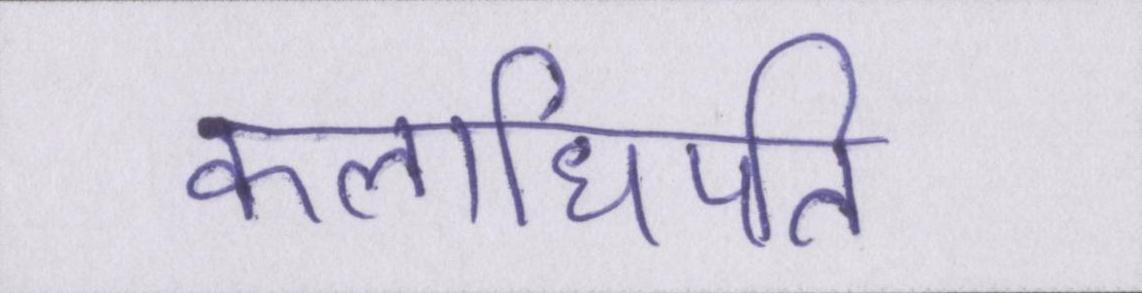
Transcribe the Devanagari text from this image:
कलाधिपति